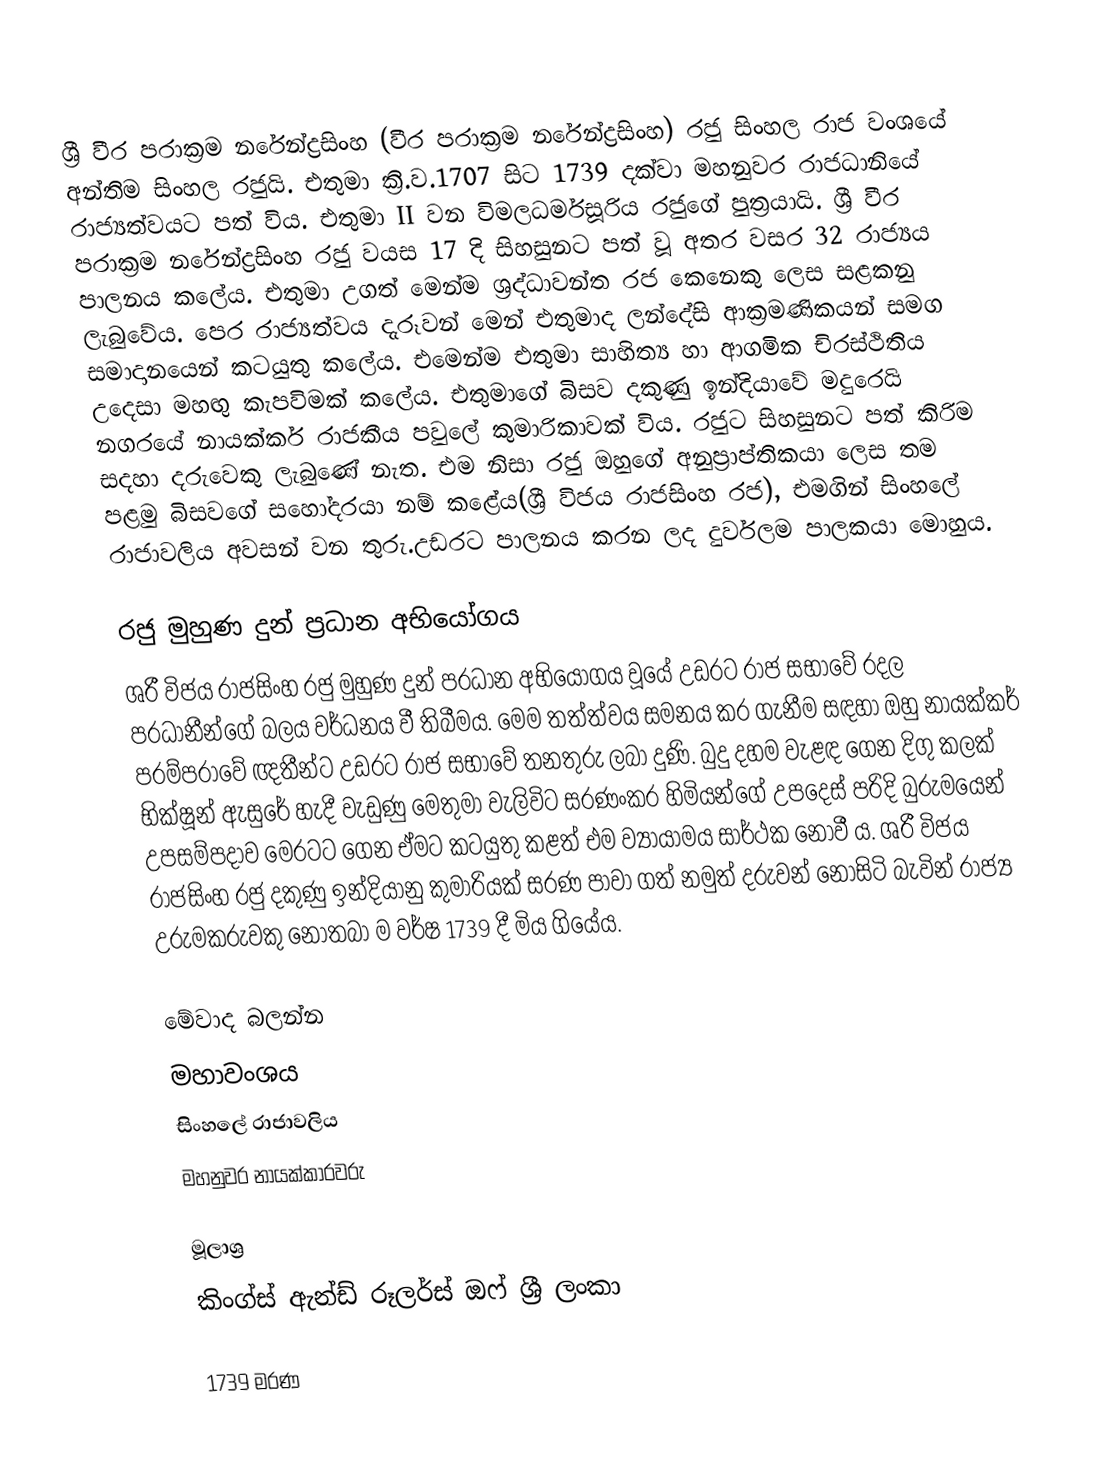
ශ්‍රී වීර පරාක්‍රම නරේන්ද්‍රසිංහ (වීර පරාක්‍රම නරේන්ද්‍රසිංහ) රජු සිංහල රාජ වංශයේ අන්තිම සිංහල රජුයි. එතුමා ක්‍රි.ව.1707 සිට 1739 දක්වා මහනුවර රාජධානියේ රාජ්‍යත්වයට පත් විය. එතුමා  II වන විමලධර්මසූරිය රජුගේ පුත්‍රයායි. ශ්‍රී වීර පරාක්‍රම නරේන්ද්‍රසිංහ රජු වයස 17 දි  සිහසුනට පත් වූ අතර වසර 32 රාජ්‍යය පාලනය කලේය. එතුමා උගත් මෙන්ම ශ්‍රද්ධාවන්ත රජ කෙනෙකු ලෙස සළකනු ලැබුවේය. පෙර රාජ්‍යත්වය දැරූවන් මෙන් එතුමාද ලන්දේසි ආක්‍රමණිකයන් සමග සමාදානයෙන් කටයුතු කලේය. එමෙන්ම එතුමා සාහිත්‍ය හා ආගමික චිරස්ථිතිය උදෙසා මහඟු කැපවිමක් කලේය. එතුමාගේ බිසව දකුණු ඉන්දියාවේ මදු‍රෙයි නගරයේ නායක්කර් රාජකීය පවුලේ කුමාරිකාවක් විය. රජුට සිහසුනට පත් කිරිම සදහා දරුවෙකු ලැබුණේ නැත. එම නිසා රජු ඔහුගේ අනුප්‍රාප්තිකයා ලෙස තම පළමු බිසවගේ සහෝදරයා නම් කළේය(ශ්‍රී විජය රාජසිංහ රජ), එමගින් සිංහලේ රාජාවලිය අවසන් වන තුරු.උඩරට පාලනය කරන ලද දුර්වලම පාලකයා මොහුය.

රජු මුහුණ දුන් ප‍්‍රධාන අභියෝගය
ශ‍්‍රී විජය රාජසිංහ රජු මුහුණ දුන් ප‍්‍රධාන අභියෝගය වූයේ උඩරට රාජ සභාවේ රදල ප‍්‍රධානීන්ගේ බලය වර්ධනය වී තිබීමය. මෙම තත්ත්වය සමනය කර ගැනීම සඳහා ඔහු නායක්කර් පරම්පරාවේ ඥතීන්ට උඩරට රාජ සභාවේ තනතුරු ලබා දුණි. බුදු දහම වැළඳ ගෙන දිගු කලක් භික්ෂූන් ඇසුරේ හැදී වැඩුණු මෙතුමා වැලිවිට සරණංකර හිමියන්ගේ උපදෙස් පරිදි බුරුමයෙන් උපසම්පදාව මෙරටට ගෙන ඒමට කටයුතු කළත් එම ව්‍යායාමය සාර්ථක නොවී ය. ශ‍්‍රී විජය රාජසිංහ රජු දකුණු ඉන්දියානු කුමාරියක් සරණ පාවා ගත් නමුත් දරුවන් නොසිටි බැවින් රාජ්‍ය උරුමකරුවකු නොතබා ම වර්ෂ 1739 දී මිය ගියේය.

මේවාද බලන්න
 මහාවංශය
 සිංහලේ රාජාවලිය
 මහනුවර නායක්කාරවරු

මූලාශ්‍ර
 කිංග්ස් ඇන්ඩ් රූලර්ස් ඔෆ් ශ්‍රී ලංකා

1739 මරණ